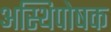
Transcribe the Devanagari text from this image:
अस्थिपोषक